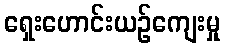
ရှေးဟောင်းယဉ်ကျေးမှု